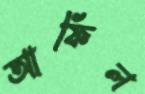
আফিল